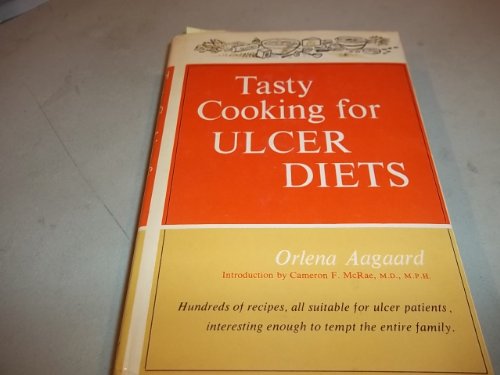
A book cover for tasty cooking for ulcer diets; orlena aagaard; Health, Fitness & Dieting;